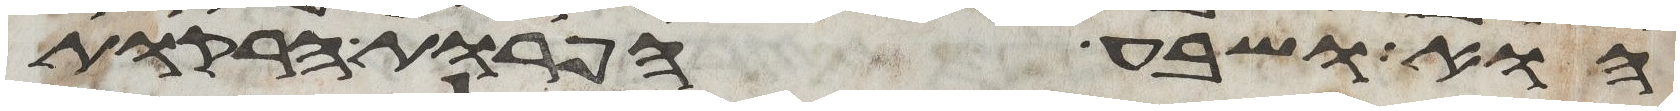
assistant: הוא ושבע הפרות הרקות